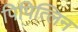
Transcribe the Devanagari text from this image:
पिपित्लिन